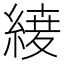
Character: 𮈦